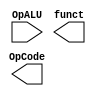
module ControleULA(OpALU,OpCode,funct);
	input [3:0] OpALU;
	output reg [5:0] OpCode,funct;



endmodule